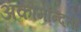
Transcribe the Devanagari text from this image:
अकोमन्दिता